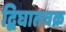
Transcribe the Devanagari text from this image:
द्विघातचक्र